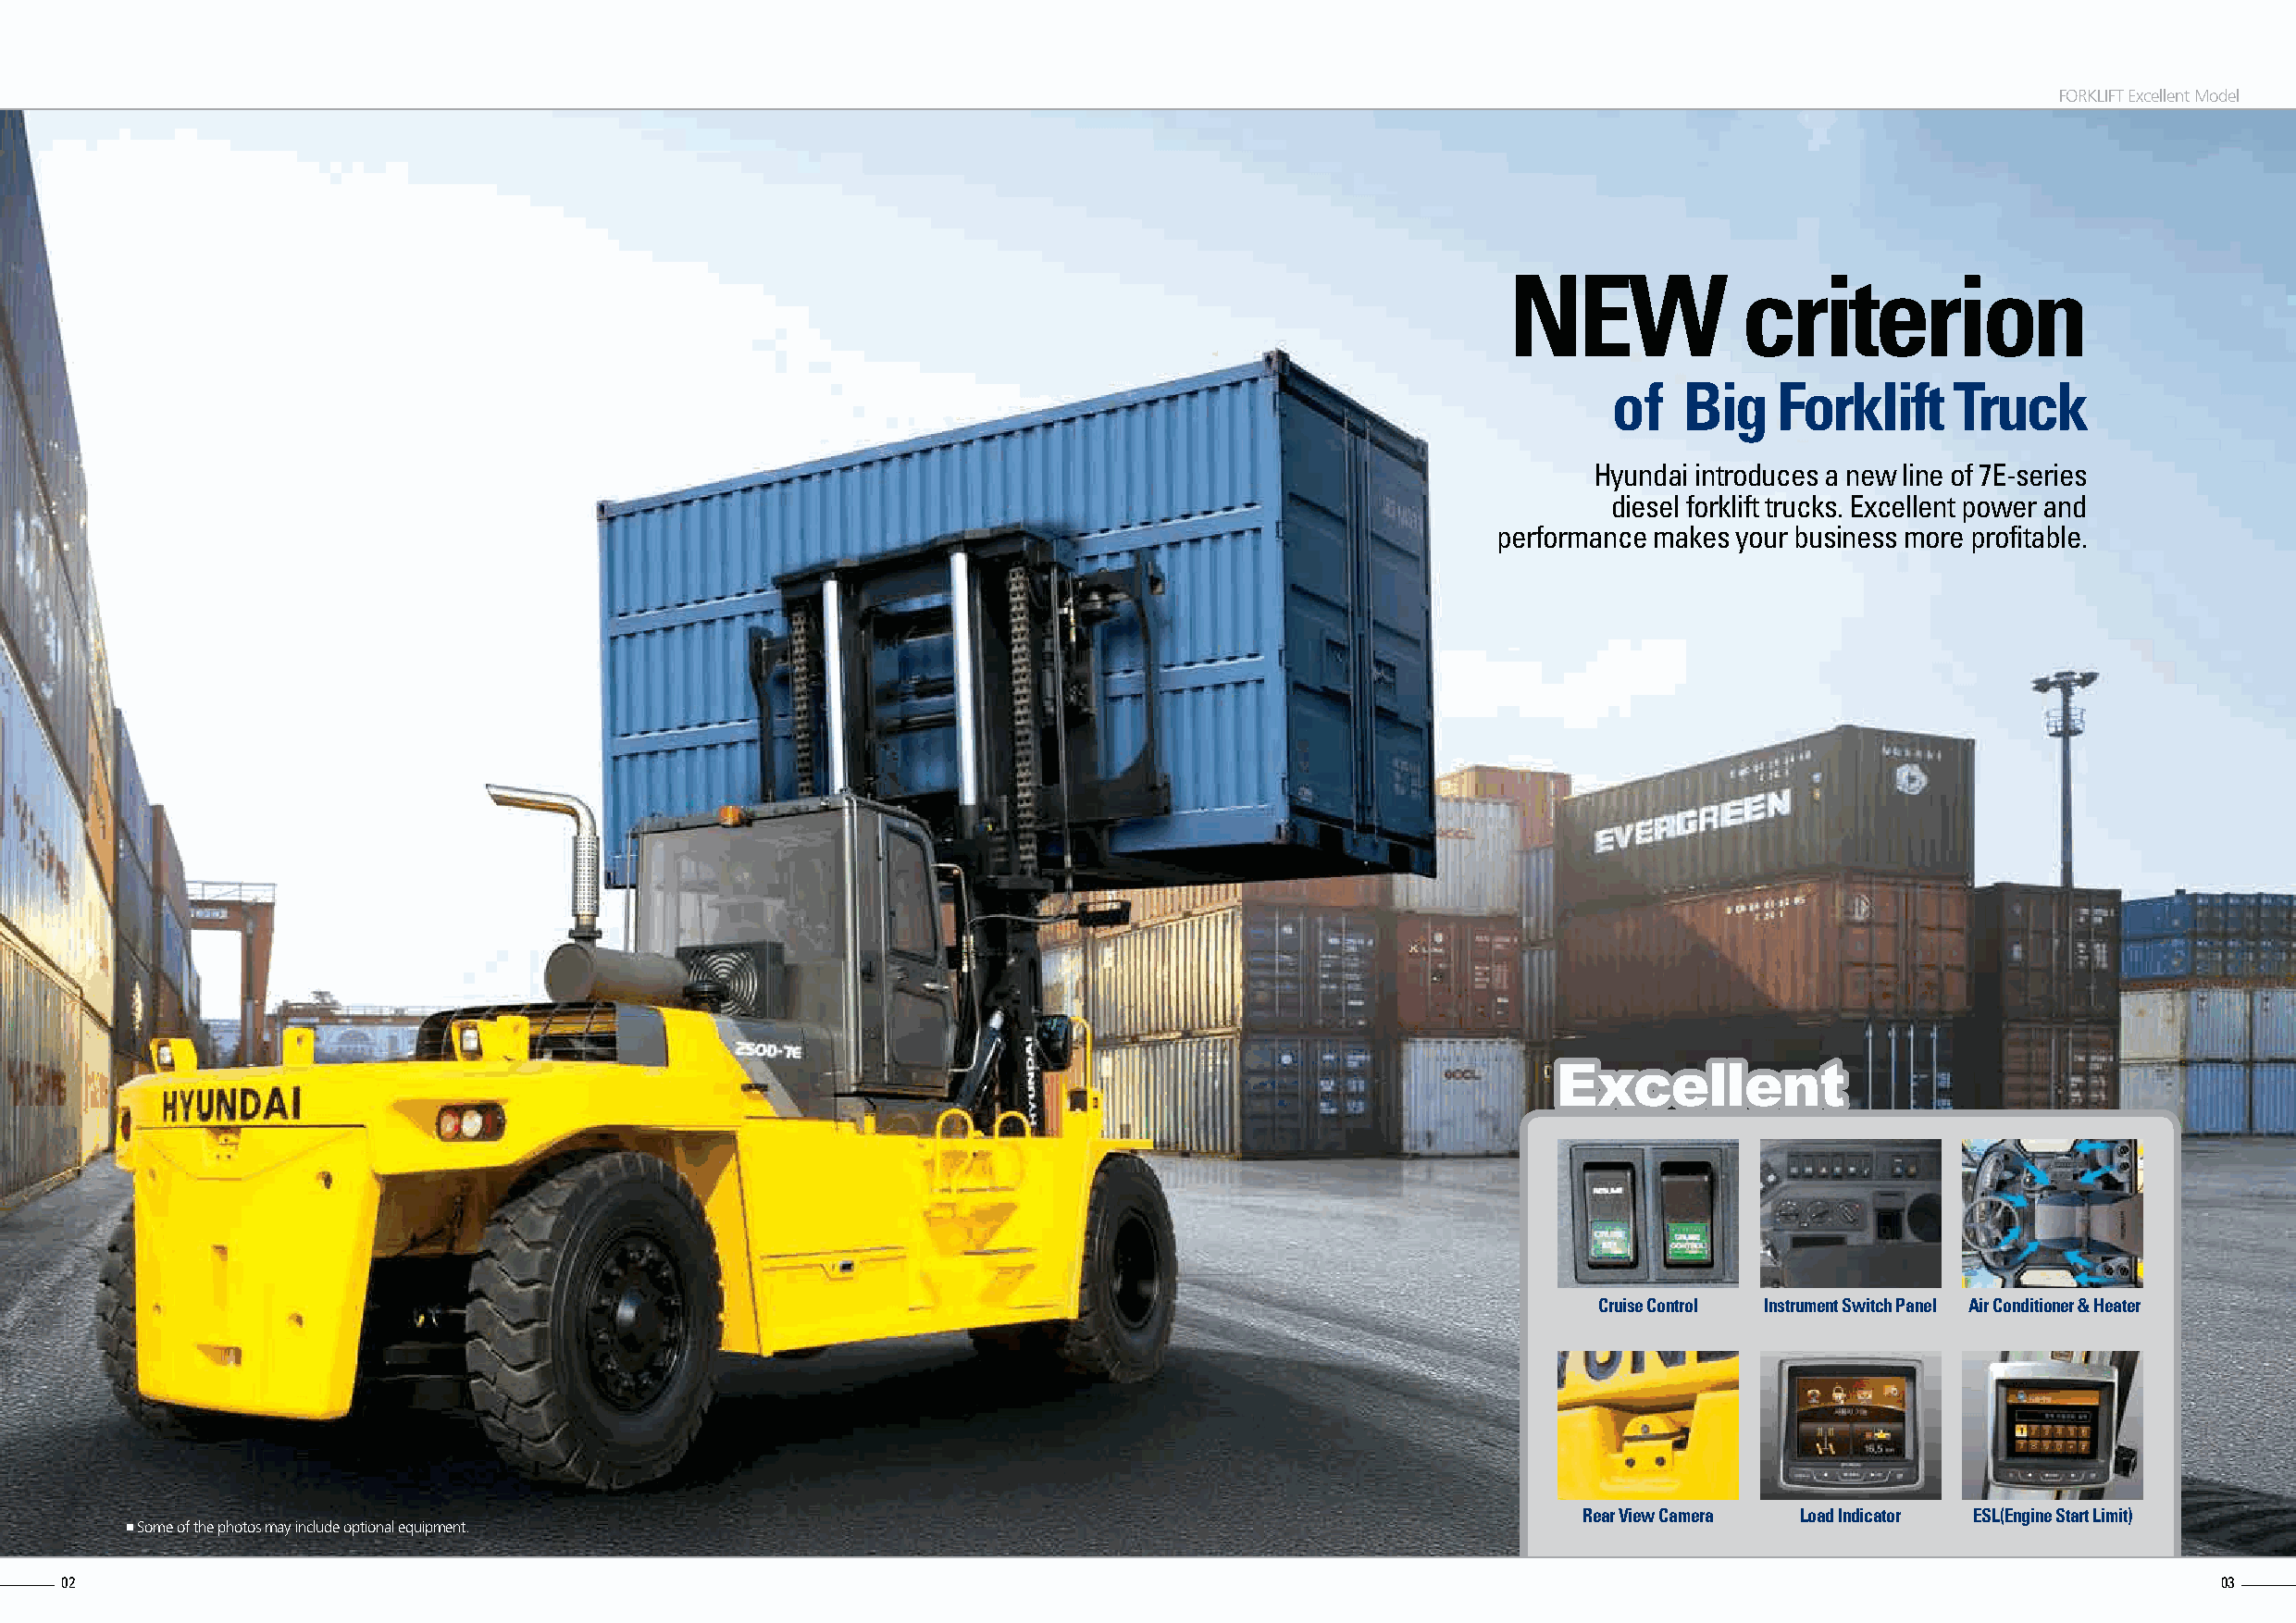
FORKLIFT Excellent Model
 NEW              criterion
 of   Big    Forklift     Truck
 Hyundai introduces a new line of 7E-series
 diesel forklift trucks. Excellent power and
 performance makes your business more profitable.
 Cruise Control Instrument Switch Panel Air Conditioner & Heater
 Rear View Camera Load Indicator ESL(Engine Start Limit)
 Some of the photos may include optional equipment.
 02                                                                                                                                                         03